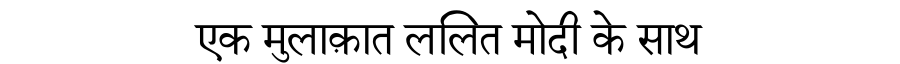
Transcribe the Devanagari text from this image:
एक मुलाक़ात ललित मोदी के साथ